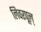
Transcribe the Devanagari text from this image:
लिवरपूल्